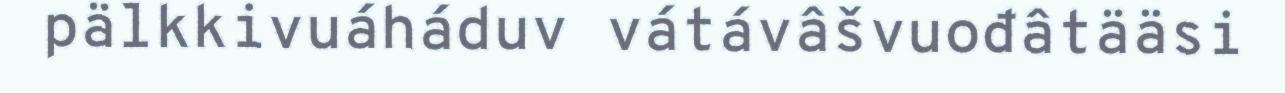
pälkkivuáháduv vátávâšvuođâtääsi